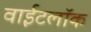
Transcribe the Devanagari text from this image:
वाईटलॉक